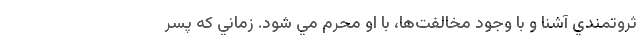
ثروتمندي آشنا و با وجود مخالفت‌ها، با او محرم مي شود. زماني که پسر